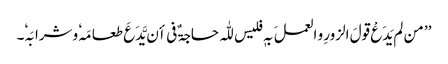
’’ من لم یَدَعْ قولَ الزورِ و العملَ بہٖ فلیس للّٰہ حاجۃٌ فی أن یَّدَعَ طعامَہٗ وشرابَہٗ۔